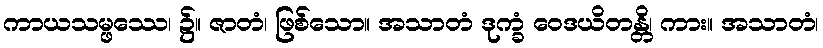
ကာယသမ္ဖဿေ၊ ၌။ ဇာတံ၊ ဖြစ်သော။ အသာတံ ဒုက္ခံ ဝေဒယိတန္တိ၊ ကား။ အသာတံ၊